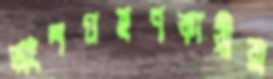
অংশগ্রহণকারীরা